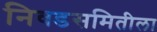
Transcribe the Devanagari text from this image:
निवडसमितीला